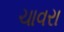
ચાવરા